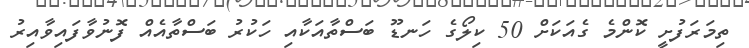
ތިމަރަފުށީ ކޮންމެ ގެއަކަށް 50 ކިލޯގެ ހަނޑޫ ބަސްތާއަކާއި ހަކުރު ބަސްތާއެއް ފޮނުވާފައިވާއިރު